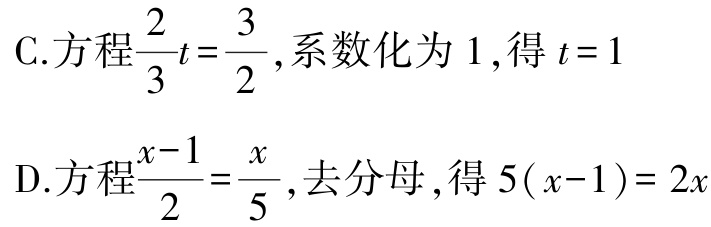
C.方程$\frac{2}{3}t = \frac{3}{2}$,系数化为$1$,得$t = 1$

D.方程$\frac{x - 1}{2} = \frac{x}{5}$,去分母,得$5(x - 1) = 2x$